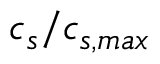
c _ { s } / c _ { s , m a x }